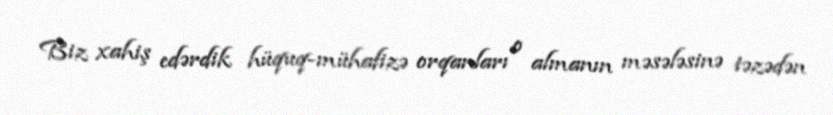
Biz xahiş edərdik hüquq-mühafizə orqanları o almanın məsələsinə təzədən